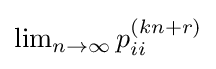
\lim \nolimits _{n\rightarrow \infty }p_{ii}^{(kn+r)}